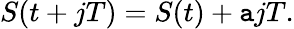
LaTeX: S(t+jT)=S(t)+\mathtt{a}jT.